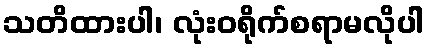
သတိထားပါ၊ လုံးဝရိုက်စရာမလိုပါ